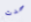
حدث